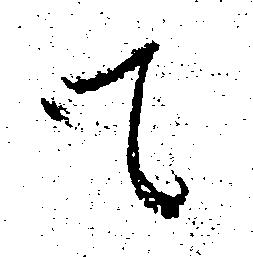
て